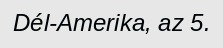
Dél-Amerika, az 5.